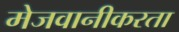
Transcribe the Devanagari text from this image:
मेजवानीकरता